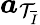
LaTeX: \boldsymbol{a}_{\mathcal{T}_{\overline{{I}}}}